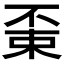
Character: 𠁃